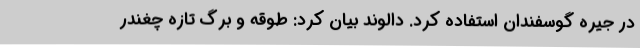
در جیره گوسفندان استفاده کرد. دالوند بیان کرد: طوقه و برگ تازه چغندر